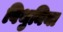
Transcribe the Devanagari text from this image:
विथुनिया